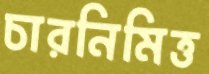
চারনিমিত্ত